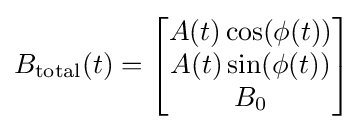
B_{\text{total}}(t)={\begin{bmatrix}A(t)\cos(\phi (t))\\A(t)\sin(\phi (t))\\B_{0}\end{bmatrix}}